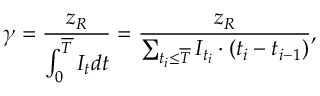
\gamma = \frac { z _ { R } } { \int _ { 0 } ^ { \overline { T } } I _ { t } d t } = \frac { z _ { R } } { \sum _ { t _ { i } \leq \overline { T } } I _ { t _ { i } } \cdot ( t _ { i } - t _ { i - 1 } ) } ,